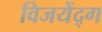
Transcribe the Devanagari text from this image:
विजयेंद्ग